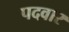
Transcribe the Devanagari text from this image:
पदवार